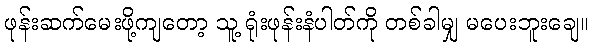
ဖုန်းဆက်မေးဖို့ကျတော့ သူ့ ရုံးဖုန်းနံပါတ်ကို တစ်ခါမျှ မပေးဘူးချေ။